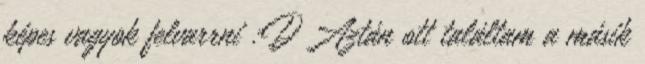
képes vagyok felvarrni :D Aztán ott találtam a másik